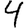
Digit: 4